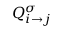
Q _ { i \to j } ^ { \sigma }